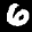
Label: 6